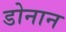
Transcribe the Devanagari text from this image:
डोनान